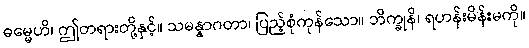
ဓမ္မေဟိ၊ ဤတရားတို့နှင့်။ သမန္နာဂတာ၊ ပြည့်စုံကုန်သော။ ဘိက္ခုနိ၊ ရဟန်းမိန်းမကို။